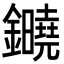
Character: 䥵